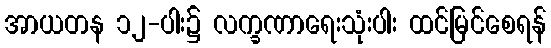
အာယတန ၁၂-ပါး၌ လက္ခဏာရေးသုံးပါး ထင်မြင်စေရန်